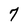
Character: 7